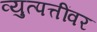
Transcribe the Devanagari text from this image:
व्युत्पत्तींवर